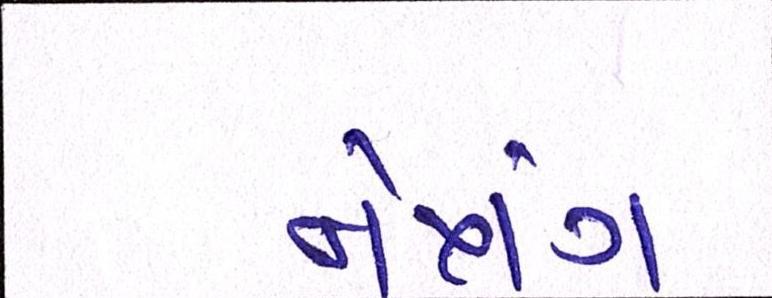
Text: નેત્રંગ